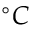
^ \circ C